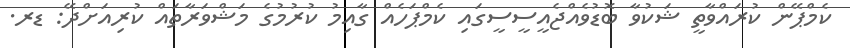
ކެމްޕޭން ކުރައްވާތީ ޝަކުވާ ބޮޑުވެއްޖެއީސީސީގައި ކެމްޕަހެއް ގާއިމު ކުރުމުގެ މަޝްވަރާތައް ކުރިއަށްދޭ: ޑރ.